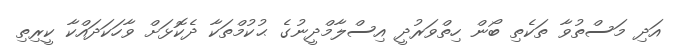
އަދި މަސްތުވާ ތަކެތި ބޯން ހިތްވަރުދީ އިސްލާމްދީނުގެ ޙުކުމްތަކާ ދެކޮޅަށް ވާހަކަދައްކާ ކީރިތި